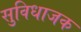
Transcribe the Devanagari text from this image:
सुविधाजक